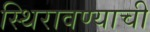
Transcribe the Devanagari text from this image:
स्थिरावण्याची